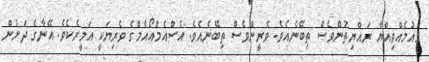
ގައުމެއްވިއްޔާ ރައްޔިތުންވެސް ތިބޭނެއެވެ. ވެރީންވެސް ތިބޭނެއެވެ. އެސްއެމްއޯއެމްގެ ވެރިޔަކީ އަމީރެކެވެ. އޭނާގެ ދަށުން